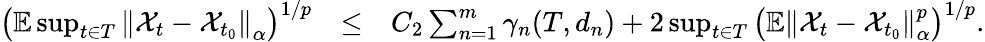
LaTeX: \begin{array}{rlr}{\left(\mathbb{E}\operatorname*{sup}_{t\in T}\left\Vert\mathcal{X}_{t}-\mathcal{X}_{t_{0}}\right\Vert_{\alpha}\right)^{1/p}}&{\leq}&{C_{2}\sum_{n=1}^{m}\gamma_{n}(T,d_{n})+2\operatorname*{sup}_{t\in T}\left(\mathbb{E}\left\Vert\mathcal{X}_{t}-\mathcal{X}_{t_{0}}\right\Vert_{\alpha}^{p}\right)^{1/p}.}\end{array}